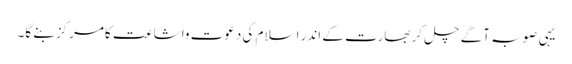
یہی صوبہ آگے چل کر بھارت کے اندر اسلام کی دعوت واشاعت کامرکز بنے گا۔